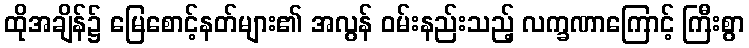
ထိုအချိန်၌ မြေစောင့်နတ်များ၏ အလွန် ဝမ်းနည်းသည့် လက္ခဏာကြောင့် ကြီးစွာ